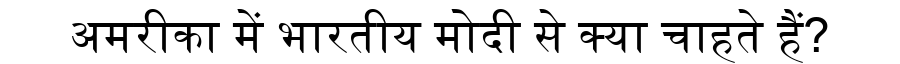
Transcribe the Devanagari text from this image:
अमरीका में भारतीय मोदी से क्या चाहते हैं?